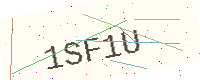
Text: 1SF1U